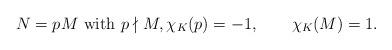
LaTeX: \begin{align*} N=pM \mbox{ with } p\nmid M, \chi_K(p)=-1, \qquad\chi_K(M)=1. \end{align*}